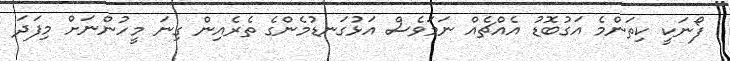
ފޯނަކީ ކިތަންމެ އަގުބޮޑު އެއްޗެއް ނަމަވެސް އަޅުގަނޑުމެންގެ ތެރެއިން ގިނަ މީހުންނަށް މިފަދަ